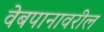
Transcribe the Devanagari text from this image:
वेबपानावरील